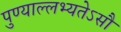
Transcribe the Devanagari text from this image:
पुण्याल्लभ्यतेऽसौ